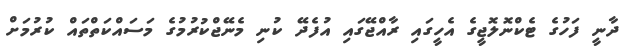
ދާނީ ފަހުގެ ޓެކްނޮލޮޖީގެ އެހީގައި ރާއްޖޭގައި އުފެދޭ ކުނި މެނޭޖްކުރުމުގެ މަސައްކަތްތައް ކުރުމަށް